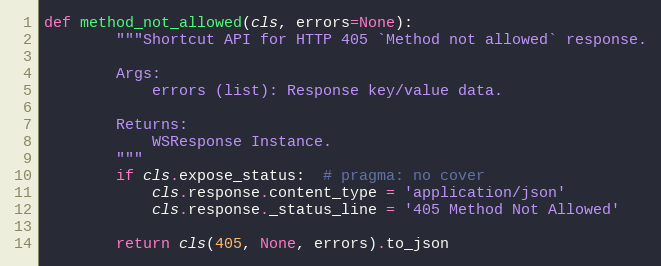
Language: Python
def method_not_allowed(cls, errors=None):
        """Shortcut API for HTTP 405 `Method not allowed` response.

        Args:
            errors (list): Response key/value data.

        Returns:
            WSResponse Instance.
        """
        if cls.expose_status:  # pragma: no cover
            cls.response.content_type = 'application/json'
            cls.response._status_line = '405 Method Not Allowed'

        return cls(405, None, errors).to_json